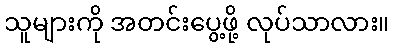
သူများကို အတင်းပွေ့ဖို့ လုပ်သာလား။